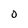
Character: O